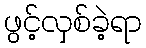
ဖွင့်လှစ်ခဲ့ရာ